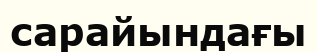
сарайындағы